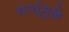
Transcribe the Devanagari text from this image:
धातूंमुळे